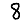
Digit: 8